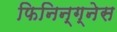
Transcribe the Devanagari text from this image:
फिनिन्ग्नेस